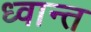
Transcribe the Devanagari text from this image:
ध्वान्त